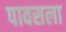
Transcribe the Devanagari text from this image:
पावसला